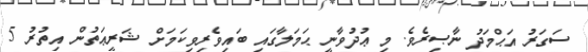
ސަގަރު އަޙްމަދު ނާޞިރެވެ. މި ޢުދުވާނީ ޙަމަލާގައި ބައިވެރިވިކަމަށް ޝަރީޢަތުން އިތުރު 5